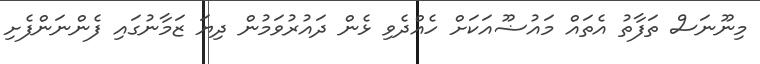
މިނޫނަސް ތަފާތު އެތައް މައުޟޫއަކަށް ހެއްދެވި ޅެން ދައުރުވަމުން ދިޔަ ޒަމާނުގައި ފެންނަންފެށި